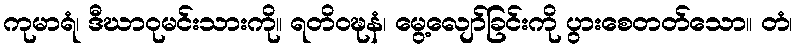
ကုမာရံ၊ ဒီဃာဝုမင်းသားကို။ ရတိဝဍ္ဎနံ၊ မွေ့လျော်ခြင်းကို ပွားစေတတ်သော။ တံ၊